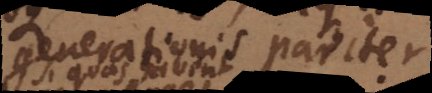
generationis pariter